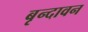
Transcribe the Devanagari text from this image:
बृन्दावन